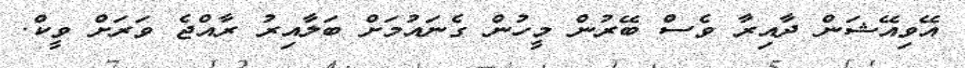
އޭވިއޭޝަން ދާއިރާ ވެސް ބޭރުން މީހުން ގެނައުމަށް ބަލާއިރު ރާއްޖެ ވަރަށް ވީކް.